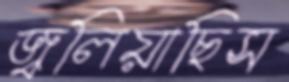
জ্বলিয়াছিস